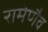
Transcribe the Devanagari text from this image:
रामेणैव